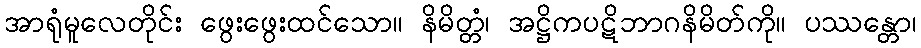
အာရုံမူလေတိုင်း ဖွေးဖွေးထင်သော။ နိမိတ္တံ၊ အဋ္ဌိကပဋိဘာဂနိမိတ်ကို။ ပဿန္တော၊